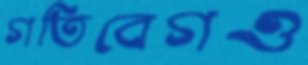
গতিবেগও